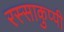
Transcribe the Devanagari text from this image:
रस्साकुप्पी